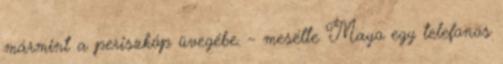
mármint a periszkóp üvegébe. – mesélte Mayo egy telefonos